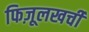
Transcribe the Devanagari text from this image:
फिज़ूलखर्ची